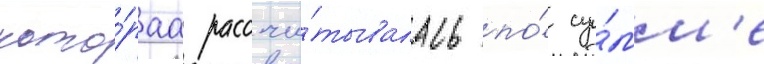
кото́раа рассчи́тывалась по́ су́мм'е